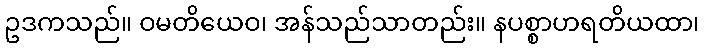
ဥဒကသည်။ ဝမတိယေဝ၊ အန်သည်သာတည်း။ နပစ္စာဟရတိယထာ၊